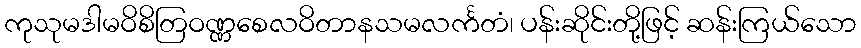
ကုသုမဒါမဝိစိတြဝဏ္ဏစေလဝိတာနသမလင်္ကတံ၊ ပန်းဆိုင်းတို့ဖြင့် ဆန်းကြယ်သော